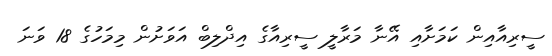
ސީރިއާއިން ކަމަށާއި އޭނާ މަރާލީ ސީރިއާގެ އިދްލިބް އަވަށުން މިމަހުގެ 18 ވަނަ